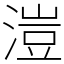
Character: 溰